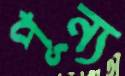
পূন্য